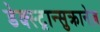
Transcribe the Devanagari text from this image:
डेक्स्ट्रान्सुक्रानेज़